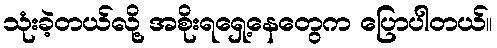
သုံးခဲ့တယ်လို့ အစိုးရရှေ့နေတွေက ပြောပါတယ်။